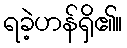
ရခဲ့ဟန်ရှိ၏။